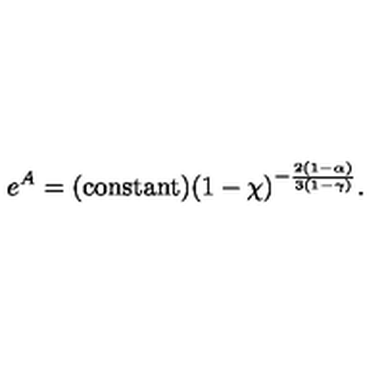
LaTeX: e ^ { A } = \mathrm { ( c o n s t a n t ) } ( 1 - \chi ) ^ { - \frac { 2 ( 1 - \alpha ) } { 3 ( 1 - \gamma ) } } .